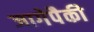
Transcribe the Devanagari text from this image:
जागेपैकी